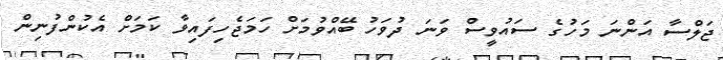
ޖަލްސާ އަންނަ މަހުގެ ސައުވީސް ވަނަ ދުވަހު ބޭއްވުމަށް ހަމަޖެހިފައިވާ ކަމަށް އެކުންފުނިން